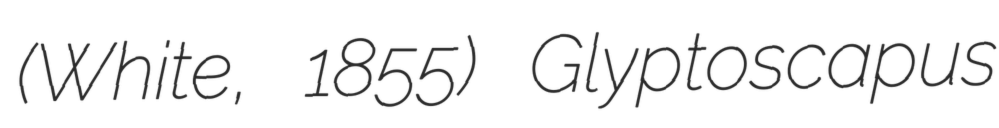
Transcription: (White, 1855) Glyptoscapus